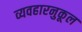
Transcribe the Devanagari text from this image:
व्यवहारनुकूल